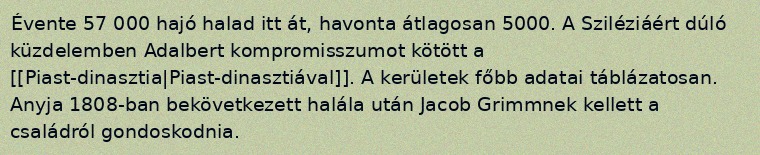
Évente 57 000 hajó halad itt át, havonta átlagosan 5000. A Sziléziáért dúló küzdelemben Adalbert kompromisszumot kötött a [[Piast-dinasztia|Piast-dinasztiával]]. A kerületek főbb adatai táblázatosan. Anyja 1808-ban bekövetkezett halála után Jacob Grimmnek kellett a családról gondoskodnia.